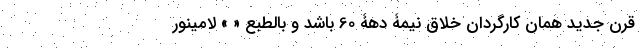
قرن جدید همان کارگردان خلاق نیمۀ دهۀ 60 باشد و بالطبع « » لامینور